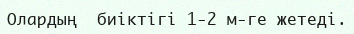
Олардың  биіктігі 1-2 м-ге жетеді.